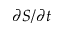
\partial S / \partial t